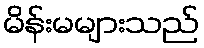
မိန်းမများသည်